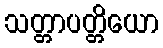
သတ္တာပတ္တိယော